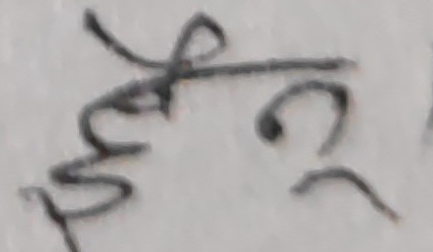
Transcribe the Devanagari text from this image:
ईफेरु